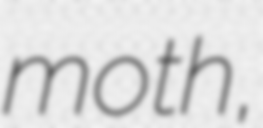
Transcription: moth,